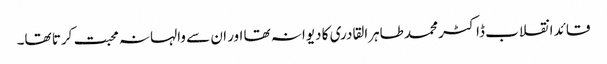
قائد انقلاب ڈاکٹر محمد طاہرالقادری کا دیوانہ تھا اور ان سے والہانہ محبت کرتا تھا۔